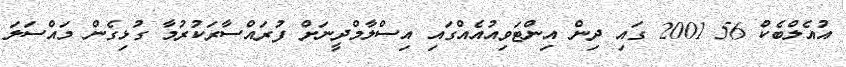
އުއެލްބެކް 56 2001 ގައި ދިން އިންޓަވިއުއެއްގައި އިސްލާމްދީނަށް ފުރައްސާރަކުރުމާ ގުޅިގެން މައްސަލަ